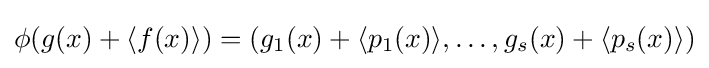
\phi (g(x)+\langle f(x)\rangle )=(g_{1}(x)+\langle p_{1}(x)\rangle ,\ldots ,g_{s}(x)+\langle p_{s}(x)\rangle )